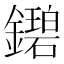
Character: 𬬓